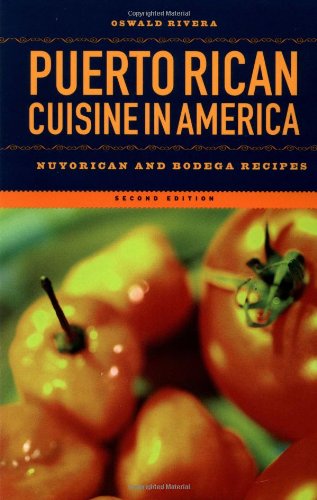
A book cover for Puerto Rican Cuisine in America: Nuyorican and Bodega Recipes; Oswald Rivera; Cookbooks, Food & Wine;